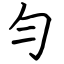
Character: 勻